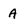
Character: A